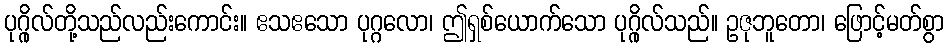
ပုဂ္ဂိုလ်တို့သည်လည်းကောင်း။ ဧသဧသော ပုဂ္ဂလော၊ ဤရှစ်ယောက်သော ပုဂ္ဂိုလ်သည်။ ဥဇုဘူတော၊ ဖြောင့်မတ်စွာ